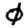
Digit: 0